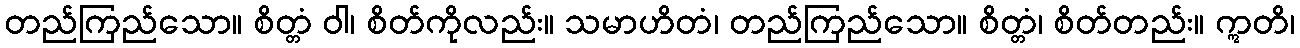
တည်ကြည်သော။ စိတ္တံ ဝါ၊ စိတ်ကိုလည်း။ သမာဟိတံ၊ တည်ကြည်သော။ စိတ္တံ၊ စိတ်တည်း။ ဣတိ၊